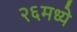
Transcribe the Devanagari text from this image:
२६मध्ये